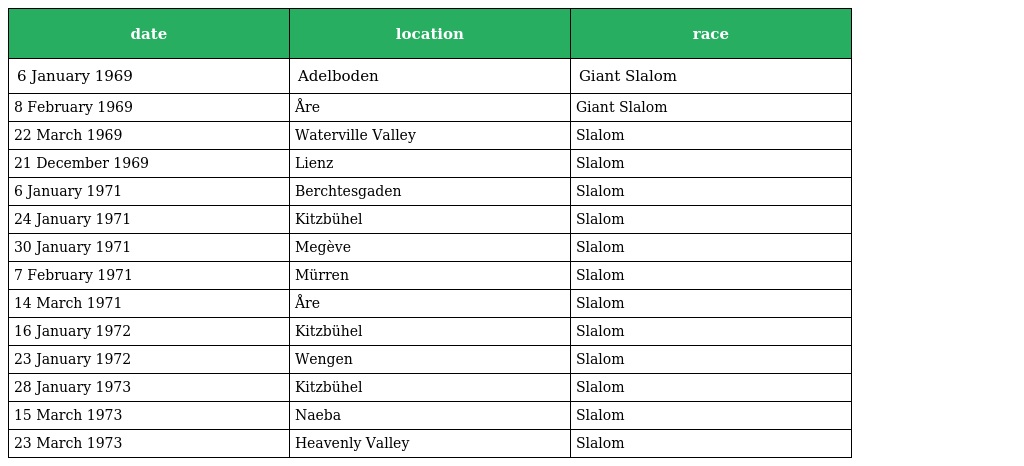
| date | location | race |
 | --- | --- | --- |
 | 6 January 1969 | Adelboden | Giant Slalom |
 | 8 February 1969 | Åre | Giant Slalom |
 | 22 March 1969 | Waterville Valley | Slalom |
 | 21 December 1969 | Lienz | Slalom |
 | 6 January 1971 | Berchtesgaden | Slalom |
 | 24 January 1971 | Kitzbühel | Slalom |
 | 30 January 1971 | Megève | Slalom |
 | 7 February 1971 | Mürren | Slalom |
 | 14 March 1971 | Åre | Slalom |
 | 16 January 1972 | Kitzbühel | Slalom |
 | 23 January 1972 | Wengen | Slalom |
 | 28 January 1973 | Kitzbühel | Slalom |
 | 15 March 1973 | Naeba | Slalom |
 | 23 March 1973 | Heavenly Valley | Slalom |